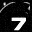
Digit: 7